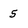
Character: 5